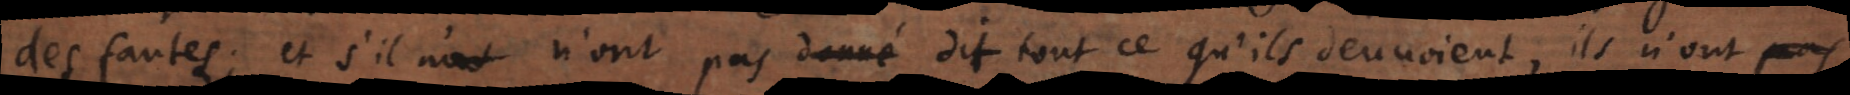
des fautes; et s’ils n’ont pas donné dit tout ce qu’ils deuvoient, ils n’ont